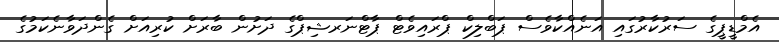
އެމްޑީޕީގެ ސަރުކާރުގައި އަނެއްކާވެސް ޕަބްލިކް ޕްރައިވެޓް ޕާޓްނަރޝިޕްގެ ދަށުން ބާރަށް ކުރިއަށް ގެންދަވާނެކަމުގެ